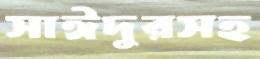
সাঈদুরসহ